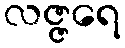
လဇ္ဇရေ